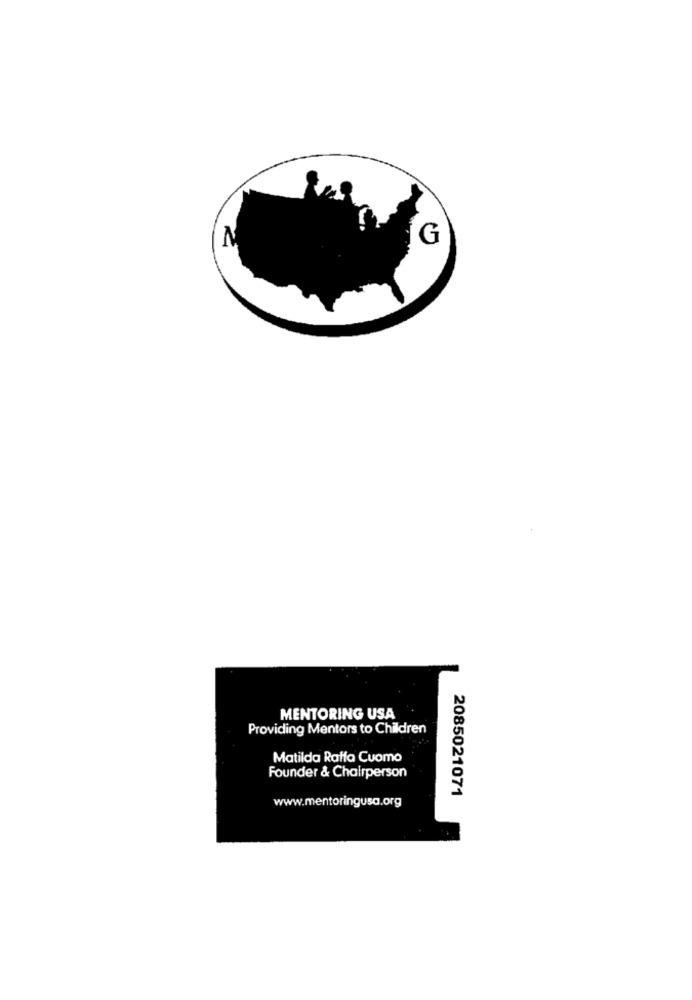
N
G
MENTORING USA
Providing Mentors to Children
Matilda Ratta Cuomo
Founder & Chairperson
2085021071
www.mentoringusa.org